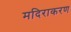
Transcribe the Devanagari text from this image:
मदिराकरण